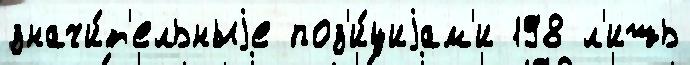
значи́т'ельныjе поз'и́циjам'и 198 л'ишь